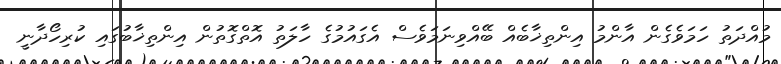
މުއްދަތު ހަމަވެގެން އާންމު އިންތިޚާބެއް ބޭއްވިނަމަވެސް އެގައުމުގެ ހާލަތު އޮތްގޮތުން އިންތިޚާބުގައި ކުރިހޯދާނީ